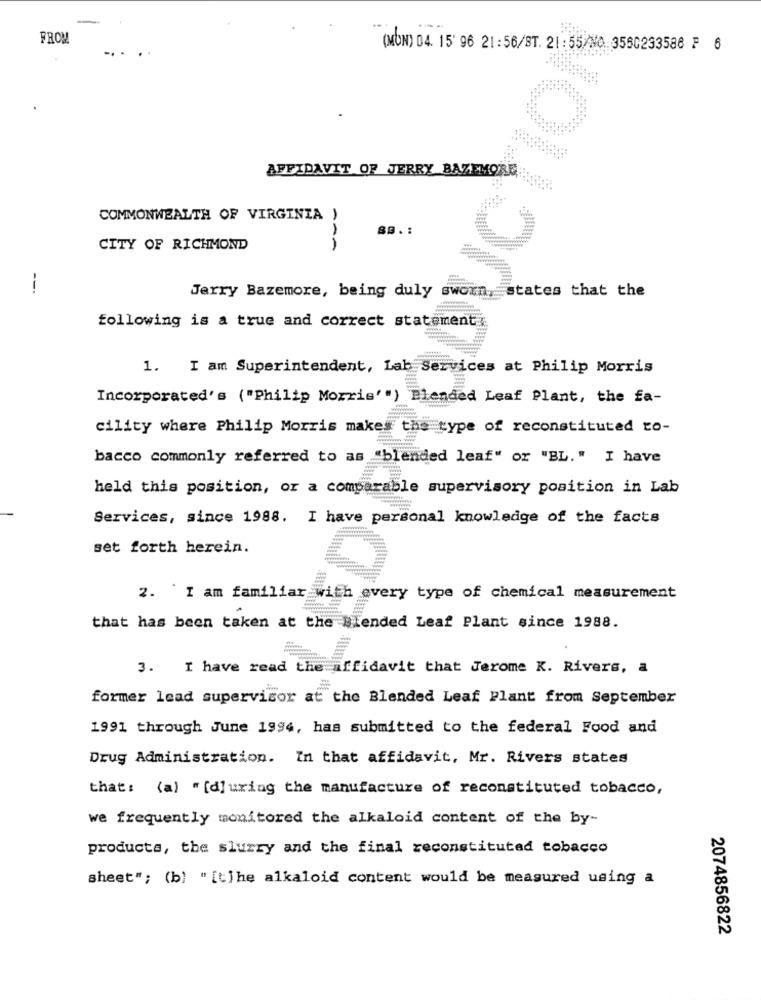
FROM
.. .
(MON) 04. 15' 96 21:56/ST. 21:55/N0 3580233588 ₽ 6
AFFIDAVIT OF JERRY BAZEMORE ::
COMMONWEALTH OF VIRGINIA )
8 .. :
CITY OF RICHMOND
1
Jerry Bazemore, being duly sworn, states that the
following is a true and correct statement
1. I am Superintendent, Lab Services at Philip Morris
Incorporated's ("Philip Morris'") Blended Leaf Plant, the fa-
cility where Philip Morris makes the type of reconstituted to-
bacco commonly referred to as "blended leaf" or "BL." I have
held this position, or a comparable supervisory position in Lab
Services, since 1988. I have personal knowledge of the facts
set forth herein.
2. I am familiar with every type of chemical measurement
that has been taken at the Blended Leaf Plant since 1988.
3. I have read the affidavit that Jerome K. Rivers, a
former lead supervisor at the Blended Leaf Plant from September
1991 through June 1994, has submitted to the federal Food and
Drug Administration. In that affidavit, Mr. Rivers states
that: (a) "[d]uring the manufacture of reconstituted tobacco,
we frequently monitored the alkaloid content of the by-
products, the slurry and the final reconstituted tobacco
sheet"; (b) "[t]he alkaloid content would be measured using a
2074856822